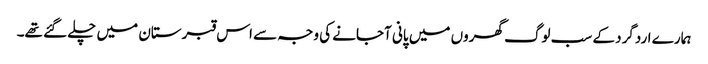
ہمارے اردگرد کے سب لوگ گھروں میں پانی آجانے کی وجہ سے اس قبرستان میں چلے گئے تھے۔